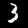
Digit: 3